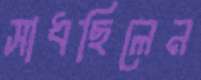
সাধছিলেন